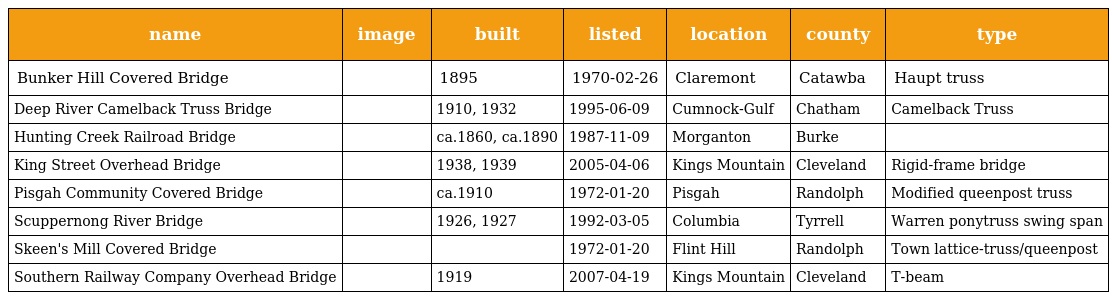
| name | image | built | listed | location | county | type |
 | --- | --- | --- | --- | --- | --- | --- |
 | Bunker Hill Covered Bridge |  | 1895 | 1970-02-26 | Claremont | Catawba | Haupt truss |
 | Deep River Camelback Truss Bridge |  | 1910, 1932 | 1995-06-09 | Cumnock-Gulf | Chatham | Camelback Truss |
 | Hunting Creek Railroad Bridge |  | ca.1860, ca.1890 | 1987-11-09 | Morganton | Burke |  |
 | King Street Overhead Bridge |  | 1938, 1939 | 2005-04-06 | Kings Mountain | Cleveland | Rigid-frame bridge |
 | Pisgah Community Covered Bridge |  | ca.1910 | 1972-01-20 | Pisgah | Randolph | Modified queenpost truss |
 | Scuppernong River Bridge |  | 1926, 1927 | 1992-03-05 | Columbia | Tyrrell | Warren ponytruss swing span |
 | Skeen's Mill Covered Bridge |  |  | 1972-01-20 | Flint Hill | Randolph | Town lattice-truss/queenpost |
 | Southern Railway Company Overhead Bridge |  | 1919 | 2007-04-19 | Kings Mountain | Cleveland | T-beam |